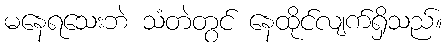
မနေရသေးဘဲ သံတဲတွင် နေထိုင်လျက်ရှိသည်။